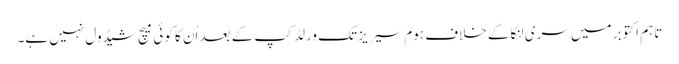
تاہم اکتوبر میں سری لنکا کے خلاف ہوم سیریز تک ورلڈ کپ کے بعد اُن کا کوئی میچ شیڈول نہیں ہے۔